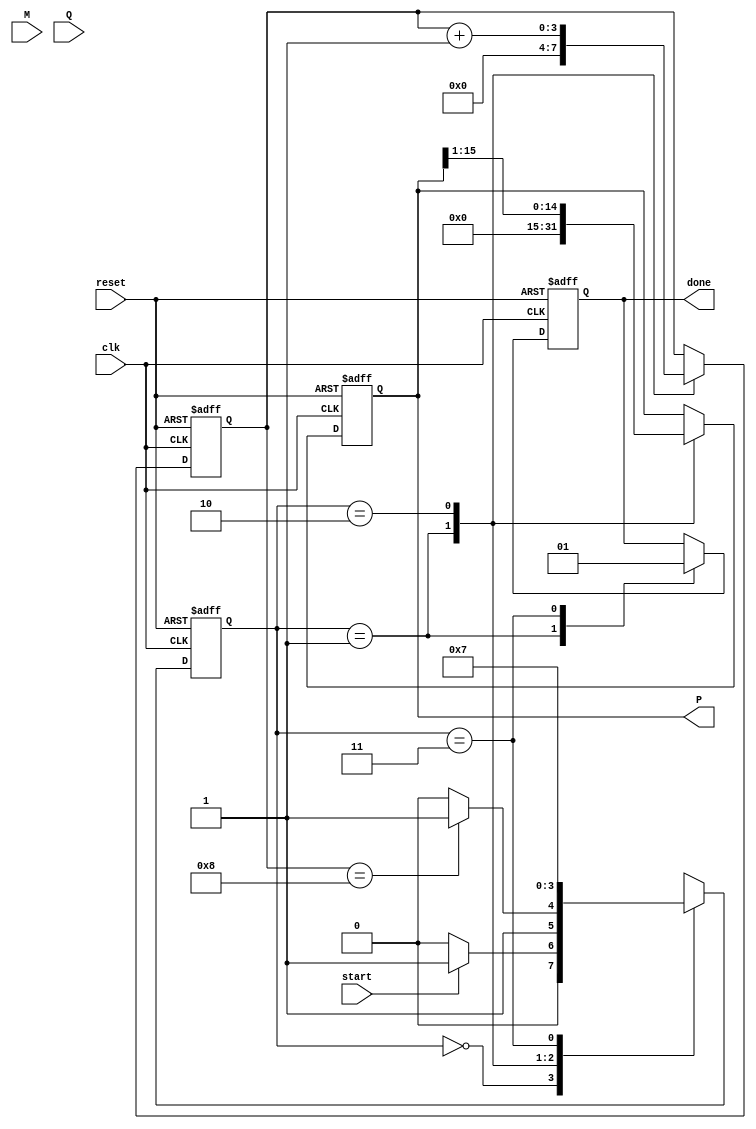
module booth_multiplier #(
    parameter WIDTH = 8 // Bit-width of the inputs
)(
    input wire clk,
    input wire reset,
    input wire start,
    input wire signed [WIDTH-1:0] M, // Multiplicand
    input wire signed [WIDTH-1:0] Q, // Multiplier
    output reg signed [2*WIDTH-1:0] P, // Product
    output reg done // Indicates multiplication completion
);

    // Internal registers
    reg signed [WIDTH-1:0] A; // A Register
    reg signed [WIDTH-1:0] Q_reg; // Q Register
    reg Q_1; // Q-1 Register
    reg [3:0] count; // Iteration counter
    reg [2*WIDTH-1:0] P_temp; // Temporary Product Register

    // State definitions
    localparam IDLE = 2'b00,
               INIT = 2'b01,
               EXECUTE = 2'b10,
               DONE = 2'b11;

    reg [1:0] state, next_state;

    // State machine for control logic
    always @(posedge clk or posedge reset) begin
        if (reset) begin
            state <= IDLE;
        end else begin
            state <= next_state;
        end
    end

    // Next state logic
    always @(*) begin
        case (state)
            IDLE: begin
                if (start) begin
                    next_state = INIT;
                end else begin
                    next_state = IDLE;
                end
            end
            INIT: begin
                if (count == WIDTH) begin
                    next_state = DONE;
                end else begin
                    next_state = EXECUTE;
                end
            end
            EXECUTE: begin
                next_state = INIT; // Go back to INIT for next iteration
            end
            DONE: begin
                next_state = DONE; // Stay in DONE state
            end
            default: next_state = IDLE;
        endcase
    end

    // Control logic for Booth's algorithm
    always @(posedge clk or posedge reset) begin
        if (reset) begin
            A <= 0;
            Q_reg <= 0;
            Q_1 <= 0;
            P <= 0;
            count <= 0;
            done <= 0;
        end else begin
            case (state)
                INIT: begin
                    // Initialize registers
                    A <= M; // Load multiplicand
                    Q_reg <= Q; // Load multiplier
                    Q_1 <= 0; // Initialize Q-1
                    P <= 0; // Initialize product
                    count <= 0; // Reset counter
                    done <= 0; // Reset done flag
                end
                EXECUTE: begin
                    // Booth's algorithm logic
                    case ({Q_reg[0], Q_1})
                        2'b01: P_temp = P + A; // Add M to P
                        2'b10: P_temp = P - A; // Subtract M from P
                        default: P_temp = P; // No operation
                    endcase

                    // Update product and perform arithmetic right shift
                    P <= P_temp;
                    Q_1 <= Q_reg[0]; // Update Q-1
                    {P, Q_reg} <= {P[2*WIDTH-1], P[2*WIDTH-2:0], Q_reg[WIDTH-1:1]}; // Arithmetic shift right
                    count <= count + 1; // Increment counter
                end
                DONE: begin
                    done <= 1; // Set done flag
                end
            endcase
        end
    end

endmodule